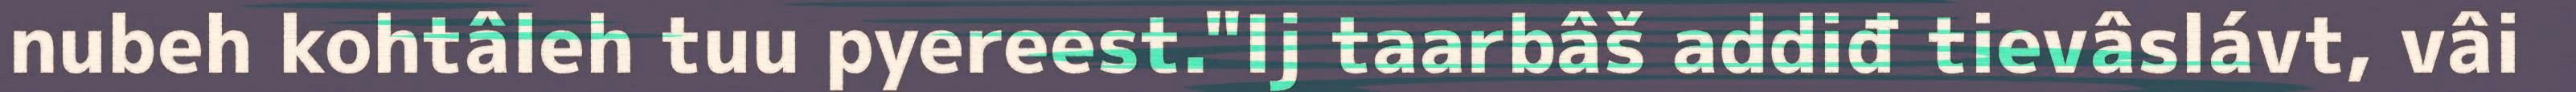
nubeh kohtâleh tuu pyereest."Ij taarbâš addiđ tievâslávt, vâi